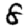
Digit: 8